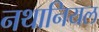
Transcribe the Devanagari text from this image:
नथानियल